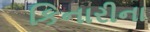
કિનારીના